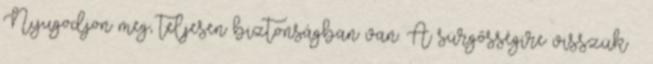
Nyugodjon meg, teljesen biztonságban van. A sürgősségire visszük –